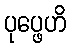
ပုပ္ဖေဟိ